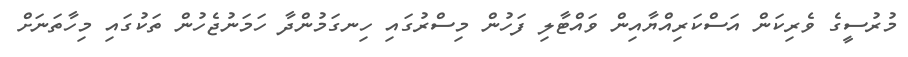
މުރުސީގެ ވެރިކަން އަސްކަރިއްޔާއިން ވައްޓާލި ފަހުން މިސްރުގައި ހިނގަމުންދާ ހަމަނުޖެހުން ތަކުގައި މިހާތަނަށް